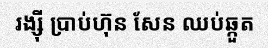
រង្ស៊ី ប្រាប់ហ៊ុន សែន ឈប់ឆ្កួត